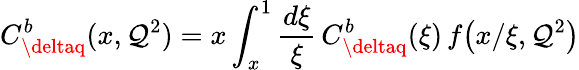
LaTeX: C_{\deltaq}^{b}(x,\mathcal{Q}^{2})=x\int_{x}^{1}\frac{{d\xi}}{{\xi}}\, C_{\deltaq}^{b}(\xi)\, f\! \left(x/\xi,\mathcal{Q}^{2}\right)